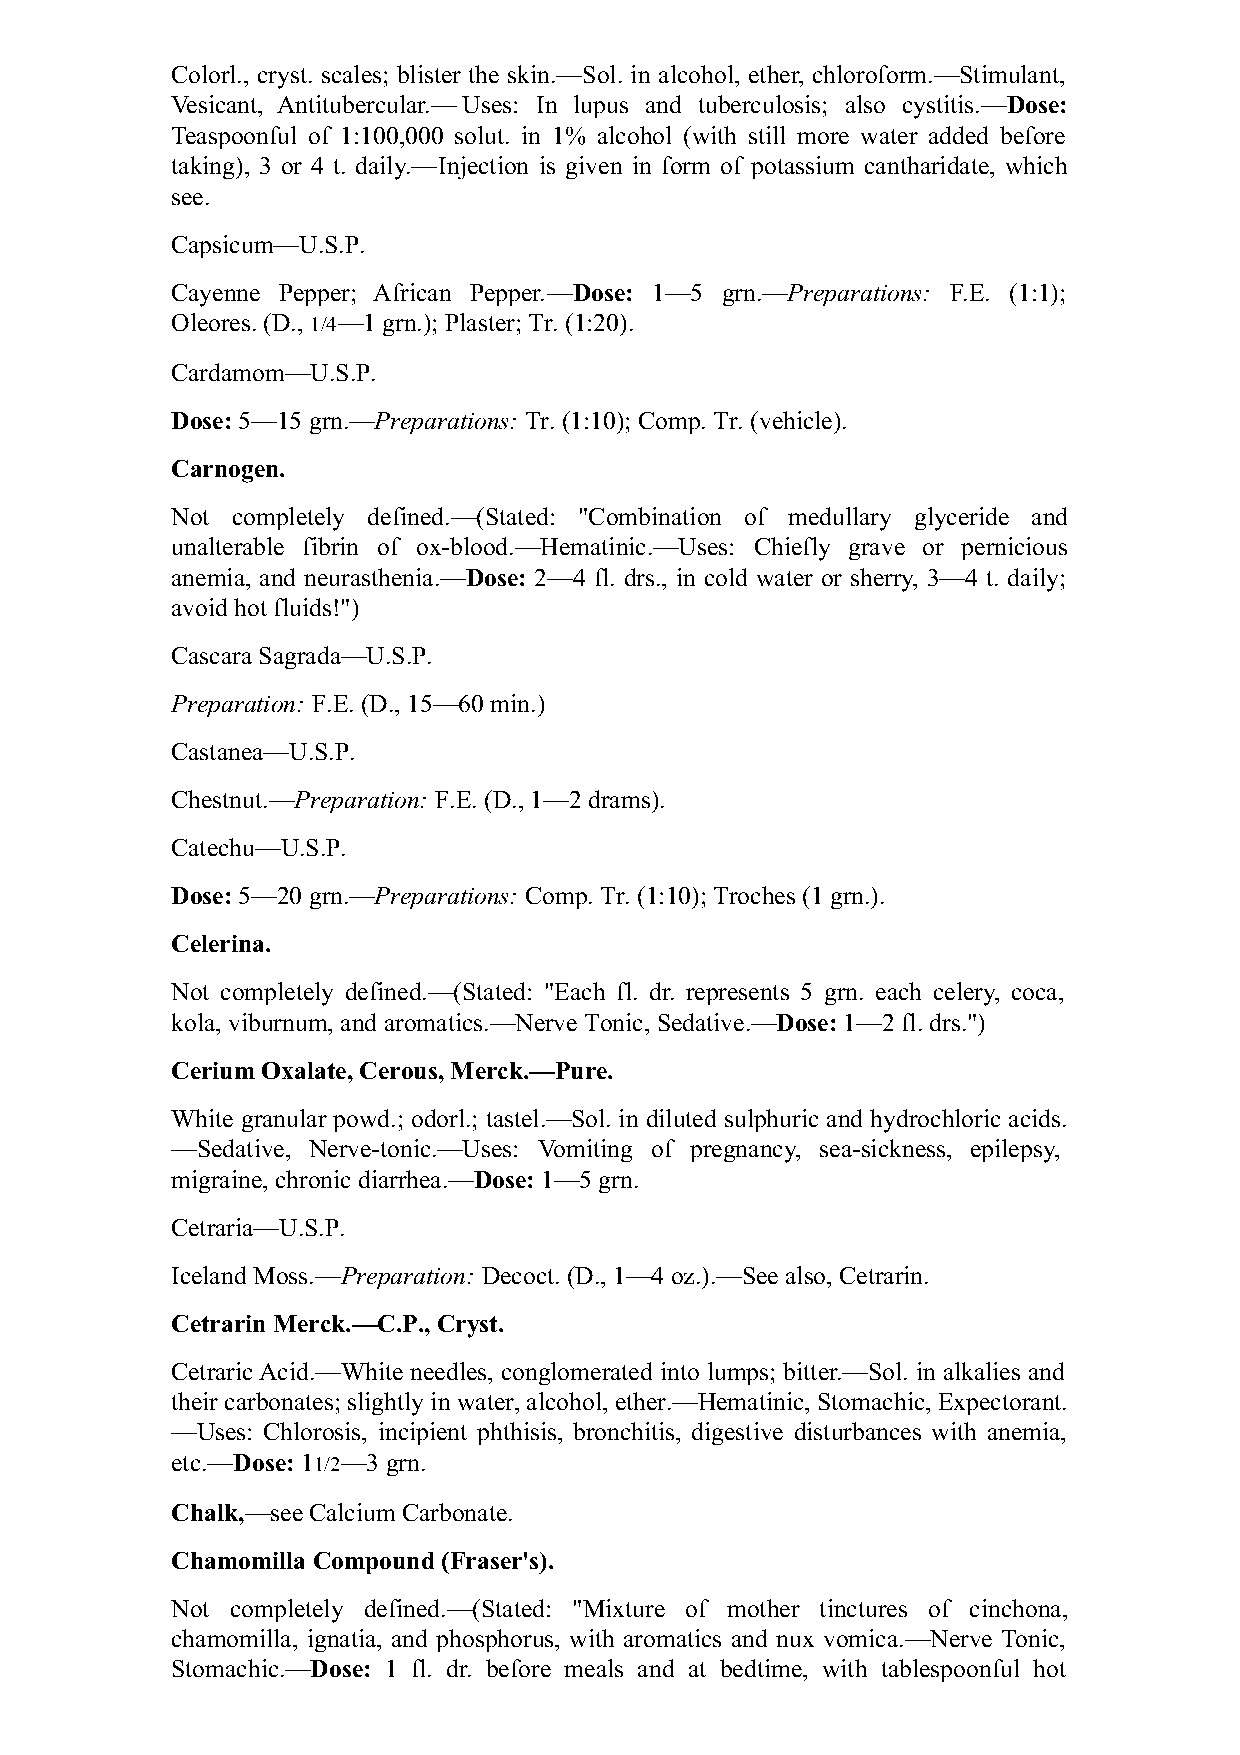
Colorl., cryst. scales; blister the skin.—Sol. in alcohol, ether, chloroform.—Stimulant,
 Vesicant, Antitubercular.— Uses: In lupus and tuberculosis; also cystitis.—Dose:
 Teaspoonful of 1:100,000 solut. in 1% alcohol (with still more water added before
 taking), 3 or 4 t. daily.—Injection is given in form of potassium cantharidate, which
 see.
 Capsicum—U.S.P.
 Cayenne Pepper; African Pepper.—Dose: 1—5 grn.—Preparations: F.E. (1:1);
 Oleores. (D., 1/4—1 grn.); Plaster; Tr. (1:20).
 Cardamom—U.S.P.
 Dose: 5—15 grn.—Preparations: Tr. (1:10); Comp. Tr. (vehicle).
 Carnogen.
 Not completely defined.—(Stated: "Combination of medullary glyceride and
 unalterable fibrin of ox-blood.—Hematinic.—Uses: Chiefly grave or pernicious
 anemia, and neurasthenia.—Dose: 2—4 fl. drs., in cold water or sherry, 3—4 t. daily;
 avoid hot fluids!")
 Cascara Sagrada—U.S.P.
 Preparation: F.E. (D., 15—60 min.)
 Castanea—U.S.P.
 Chestnut.—Preparation: F.E. (D., 1—2 drams).
 Catechu—U.S.P.
 Dose: 5—20 grn.—Preparations: Comp. Tr. (1:10); Troches (1 grn.).
 Celerina.
 Not completely defined.—(Stated: "Each fl. dr. represents 5 grn. each celery, coca,
 kola, viburnum, and aromatics.—Nerve Tonic, Sedative.—Dose: 1—2 fl. drs.")
 Cerium Oxalate, Cerous, Merck.—Pure.
 White granular powd.; odorl.; tastel.—Sol. in diluted sulphuric and hydrochloric acids.
 —Sedative, Nerve-tonic.—Uses: Vomiting of pregnancy, sea-sickness, epilepsy,
 migraine, chronic diarrhea.—Dose: 1—5 grn.
 Cetraria—U.S.P.
 Iceland Moss.—Preparation: Decoct. (D., 1—4 oz.).—See also, Cetrarin.
 Cetrarin Merck.—C.P., Cryst.
 Cetraric Acid.—White needles, conglomerated into lumps; bitter.—Sol. in alkalies and
 their carbonates; slightly in water, alcohol, ether.—Hematinic, Stomachic, Expectorant.
 —Uses: Chlorosis, incipient phthisis, bronchitis, digestive disturbances with anemia,
 etc.—Dose: 11/2—3 grn.
 Chalk,—see Calcium Carbonate.
 Chamomilla Compound (Fraser's).
 Not completely defined.—(Stated: "Mixture of mother tinctures of cinchona,
 chamomilla, ignatia, and phosphorus, with aromatics and nux vomica.—Nerve Tonic,
 Stomachic.—Dose: 1 fl. dr. before meals and at bedtime, with tablespoonful hot